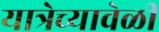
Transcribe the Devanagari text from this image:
यात्रेच्यावेळी